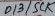
Text: D13